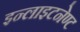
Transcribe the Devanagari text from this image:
इन्लाइटनेण्ट